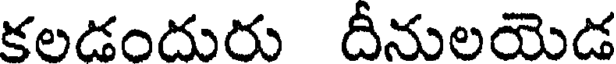
కలడందురు దీనులయెడ